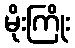
မိုးကြိုး